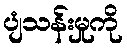
ပျံသန်းမှုကို